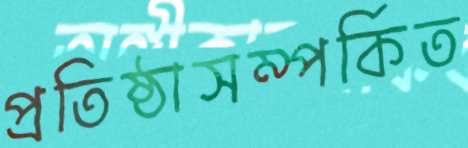
প্রতিষ্ঠাসম্পর্কিত